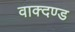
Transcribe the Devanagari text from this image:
वाक्दण्ड